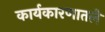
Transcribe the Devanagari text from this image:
कार्यकारणातले